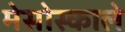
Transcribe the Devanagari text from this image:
मेसोस्काले